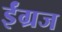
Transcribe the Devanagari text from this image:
ईंग्रज